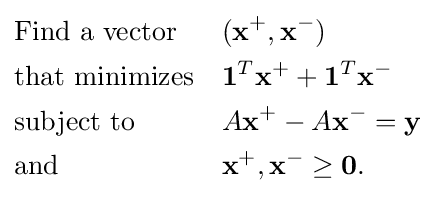
{\begin{aligned}&{\text{Find a vector}}&&(\mathbf {x^{+}} ,\mathbf {x^{-}} )\\&{\text{that minimizes}}&&\mathbf {1} ^{T}\mathbf {x^{+}} +\mathbf {1} ^{T}\mathbf {x^{-}} \\&{\text{subject to}}&&A\mathbf {x^{+}} -A\mathbf {x^{-}} =\mathbf {y} \\&{\text{and}}&&\mathbf {x^{+}} ,\mathbf {x^{-}} \geq \mathbf {0} .\end{aligned}}